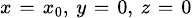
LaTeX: \scriptstyle x\; =\; x_{0},\; y\; =\; 0,\; z\; =\; 0